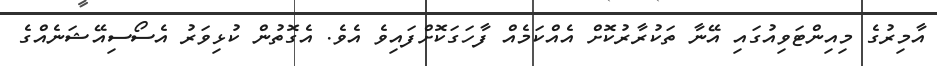
އާމިރުގެ މިއިންޓަވިއުގައި އޭނާ ތަކުރާރުކޮށް އެއްކަމެއް ފާހަގަކޮށްފައިވެ އެވެ. އެގޮތުން ކުޅިވަރު އެސޯސިއޭޝަނެއްގެ